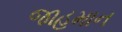
જાહમાન